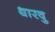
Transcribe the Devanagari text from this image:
धारवु